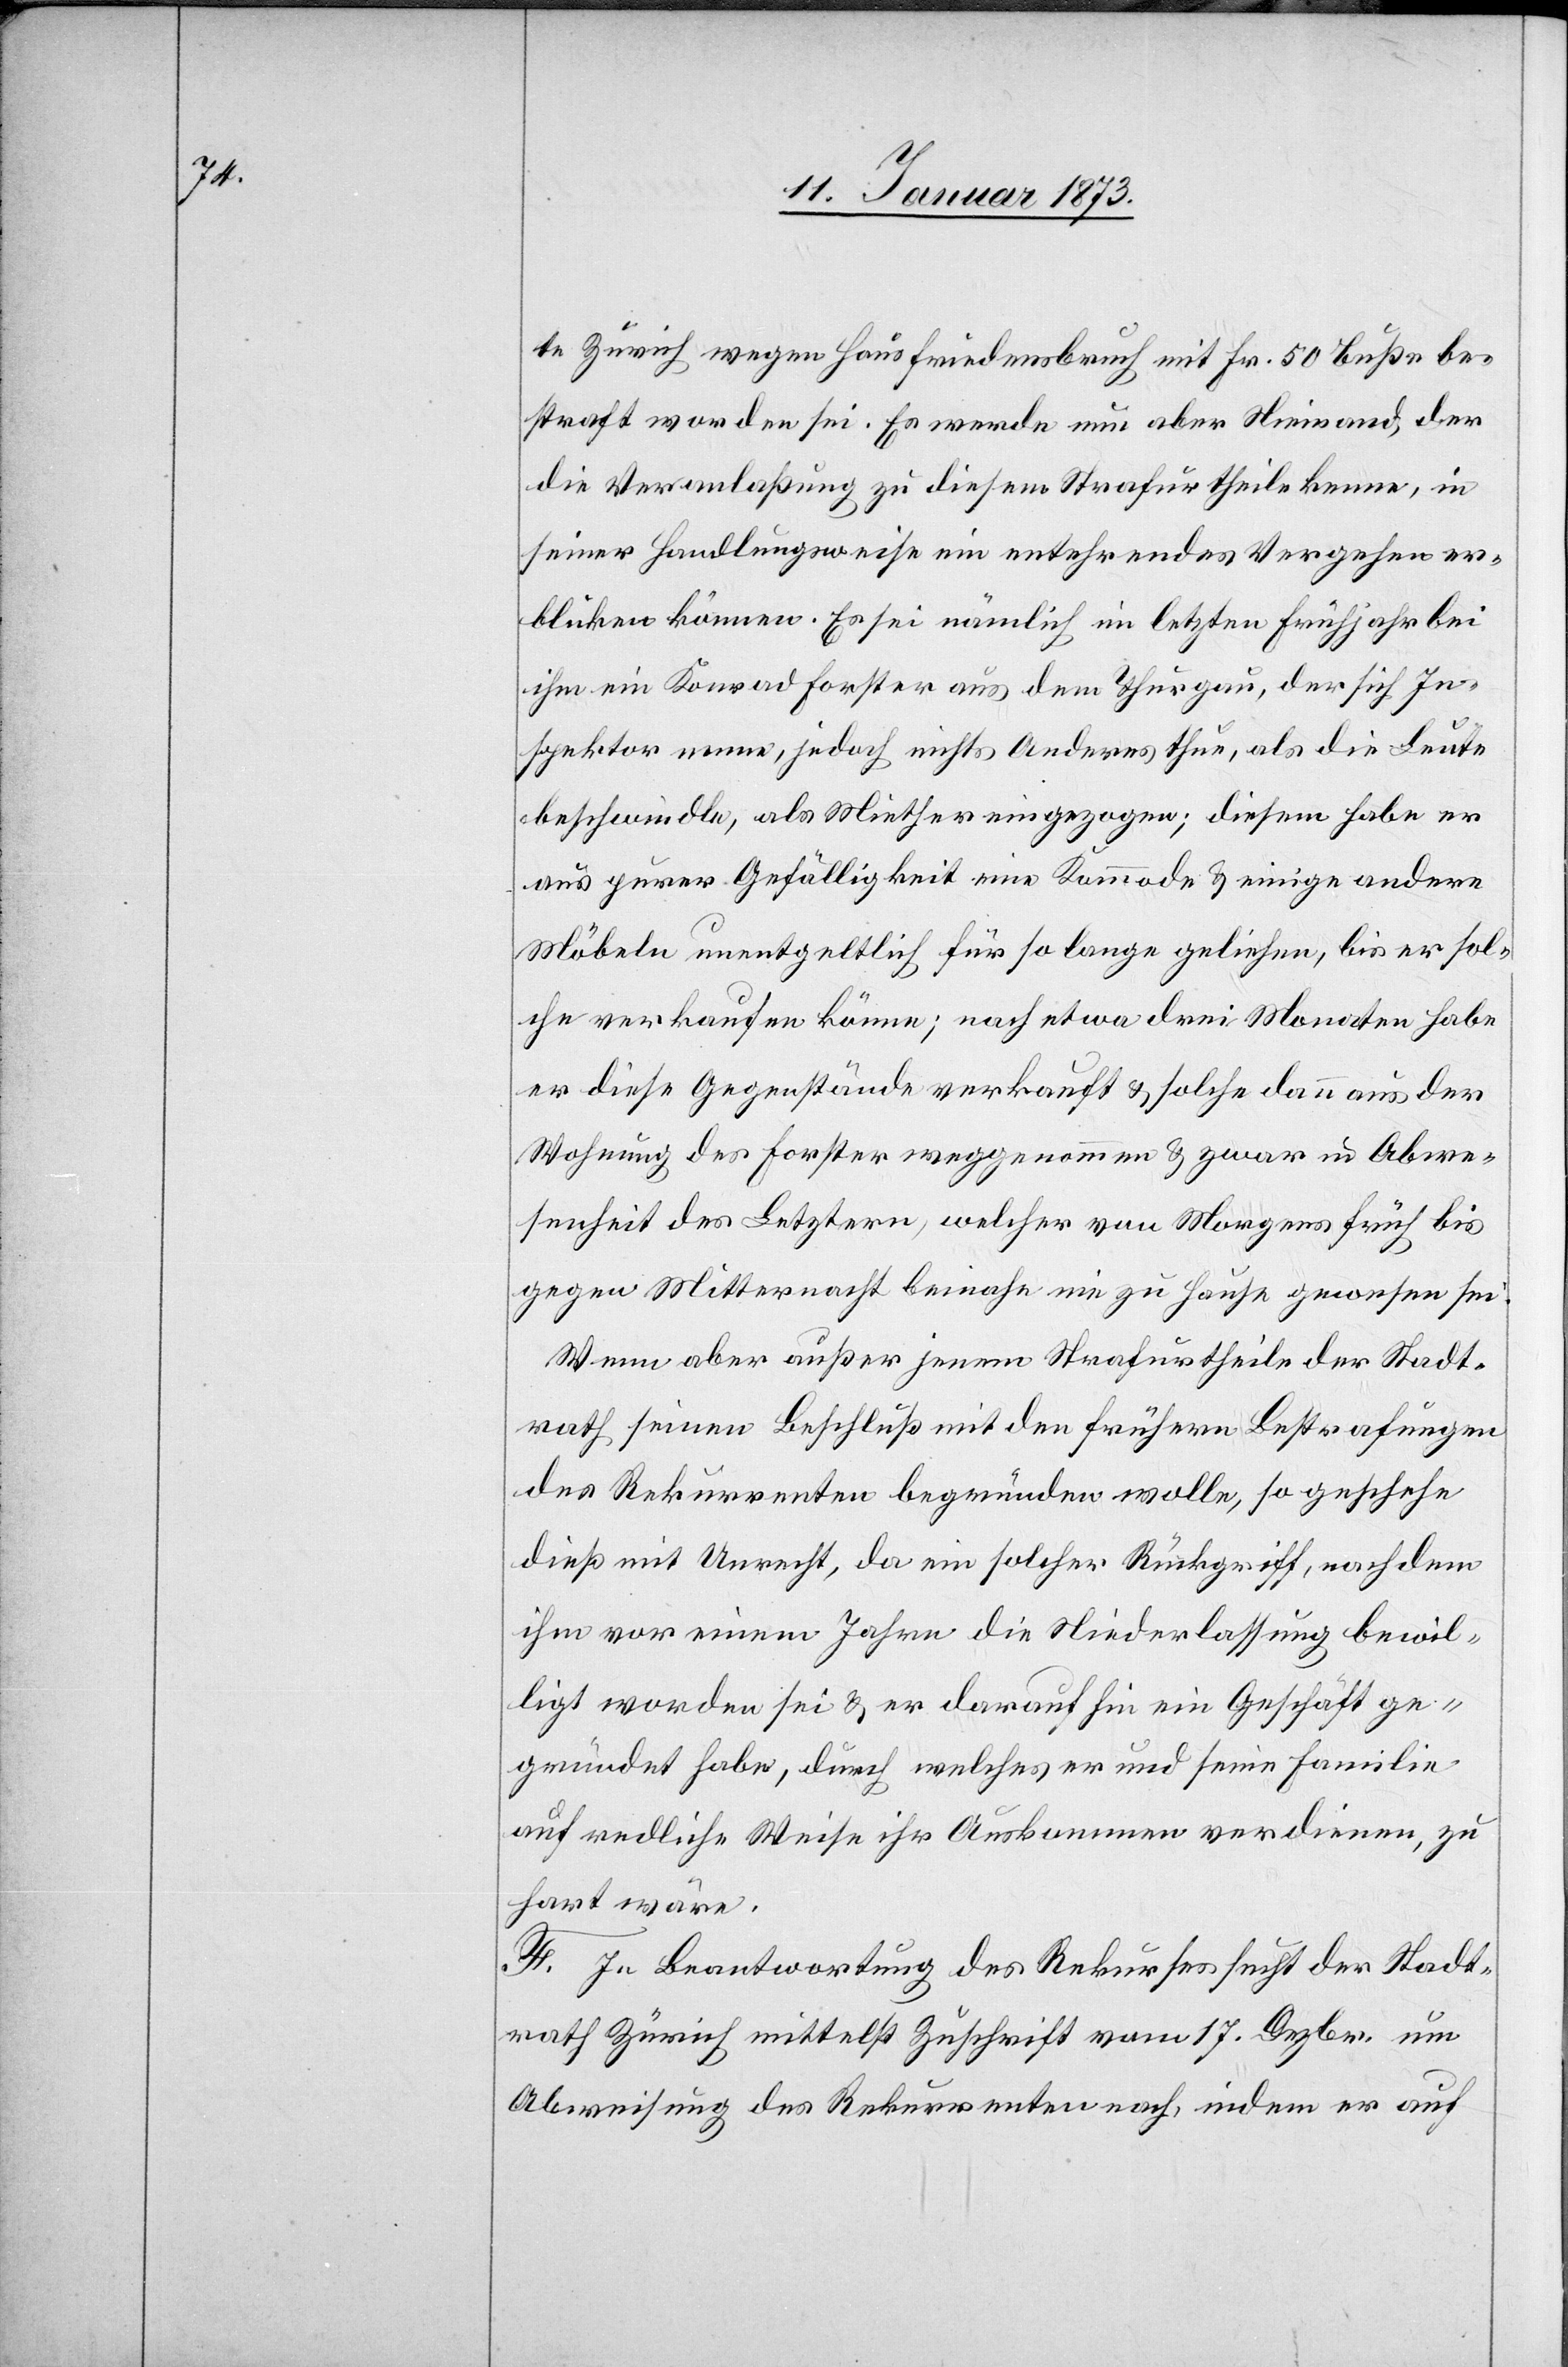
te Zürich wegen Hausfriedensbruch mit Fr. 50 Buße be¬
straft worden sei. Es werde nun aber Niemand, der
die Veranlaßung zu diesem Strafurtheile kenne, in
seiner Handlungsweise ein entehrendes Vergehen er¬
blicken können. Es sei nämlich im letzten Frühjahr bei
ihm ein Konrad Forster aus dem Thurgau, der sich In¬
spektor nenne, jedoch nichts Anderes thue, als die Leute
beschwindle, als Miether eingezogen; diesem habe er
aus purer Gefälligkeit eine Kommode & einige andere
Möbeln unentgeltlich für so lange geliehen, bis er sol¬
che verkaufen könne; nach etwa drei Monaten habe
er diese Gegenstände verkauft & solche dann aus der
Wohnung des Forster weggenommen & zwar in Abwe¬
senheit des Letztern, welcher von Morgens früh bis
gegen Mitternacht beinahe nie zu Hause gewesen sei.
Wenn aber außer jenem Strafurtheile der Stadt¬
rath seinen Beschluß mit den frühern Bestrafungen
des Rekurrenten begründen wolle, so geschehe
dieß mit Unrecht, da ein solcher Rückgriff, nachdem
ihm vor einem Jahre die Niederlassung bewil¬
ligt worden sei & er daraufhin ein Geschäft ge¬
gründet habe, durch welches er und seine Familie
auf redliche Weise ihr Auskommen verdienen, zu
hart wäre.
F. In Beantwortung des Rekurses sucht der Stadt¬
rath Zürich mittelst Zuschrift vom 17. Dezbr. um
Abweisung des Rekurrenten nach, indem er auf